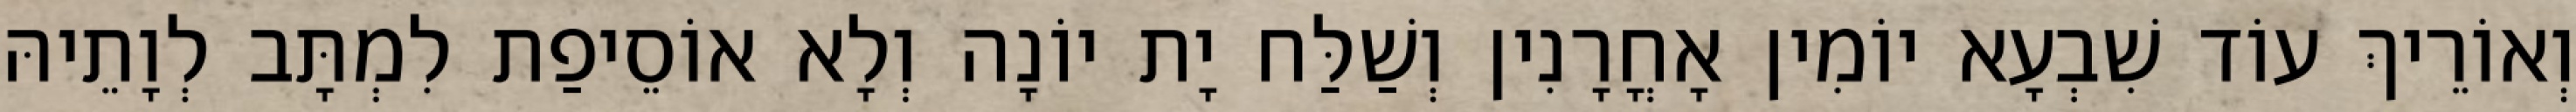
וְאוֹרֵיךְ עוֹד שִׁבְעָא יוֹמִין אָחֳרָנִין וְשַׁלַּח יָת יוֹנָה וְלָא אוֹסֵיפַת לִמְתָּב לְוָתֵיהּ